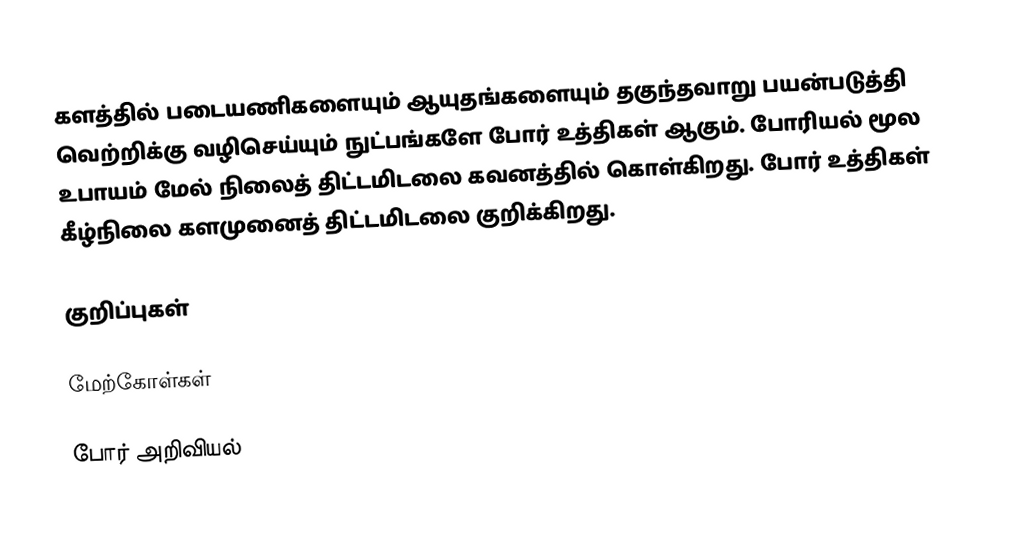
களத்தில் படையணிகளையும் ஆயுதங்களையும் தகுந்தவாறு பயன்படுத்தி வெற்றிக்கு வழிசெய்யும் நுட்பங்களே போர் உத்திகள் ஆகும்.  போரியல் மூல உபாயம் மேல் நிலைத் திட்டமிடலை கவனத்தில் கொள்கிறது.  போர் உத்திகள் கீழ்நிலை களமுனைத் திட்டமிடலை குறிக்கிறது.

குறிப்புகள்

மேற்கோள்கள்

போர் அறிவியல்